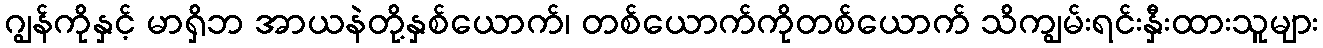
ဂျွန်ကိုနှင့် မာရှိဘ အာယနဲတို့နှစ်ယောက်၊ တစ်ယောက်ကိုတစ်ယောက် သိကျွမ်းရင်းနှီးထားသူများ